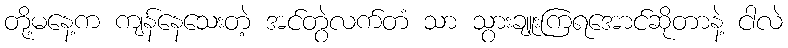
တို့မနေ့က ကျန်နေသေးတဲ့ အင်တွဲလက်တံ သာ သွားချူးကြရအောင်ဆိုတာနဲ့ ငါလဲ